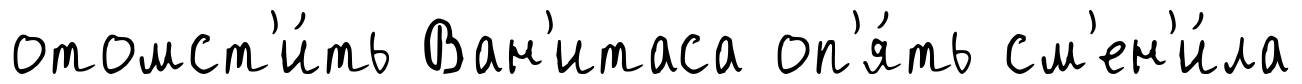
отомст'и́ть Ван'итаса оп'я́ть см'ен'и́ла